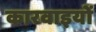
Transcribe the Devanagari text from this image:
कारवाइयों